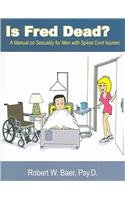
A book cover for Is Fred Dead? A Manual on Sexuality for Men with Spinal Cord Injuries; Robert W. Baer; Health, Fitness & Dieting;